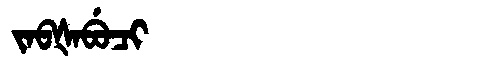
Manchu: ᠵᠠᠪᡧᠠᠪᡠᠴᡳ
Romanization: JABŠABUCI